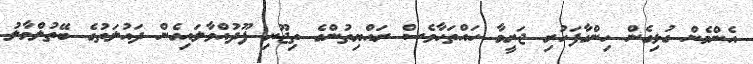
އެންމެން ގުޅިގެން ހިންގާފަހުރި ޖަރީމާ ހައްތަހާވެސް ރައްޔިތުންގެ ތިޖޫރި ފޫދުއްވާލައިގެން ދައުލަތުގެ ބޭތުލްމާލު